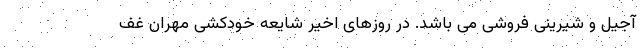
آجیل و شیرینی فروشی می باشد. در روزهای اخیر شایعه خودکشی مهران غف